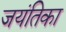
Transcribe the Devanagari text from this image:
जयंतिका